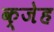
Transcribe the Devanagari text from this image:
क्जेह